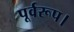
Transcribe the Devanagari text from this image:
पूर्वरूप।